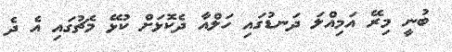
ބުނީ މިރޭ އަމިއްލަ ދަނޑުގައި ހަލްއާ ދެކޮޅަށް ކުޅޭ މެޗުގައި އެ ދެ